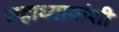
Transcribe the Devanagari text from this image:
सहाध्यायांशी